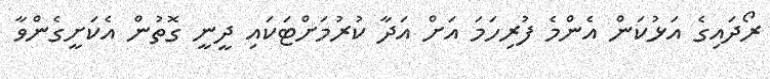
ރޯދައިގެ އަޅުކަން އެންމެ ފުރިހަމަ އަށް އަދާ ކުރުމަށްޓަކައި ދީނީ ގޮތުން އެކަށީގެންވާ